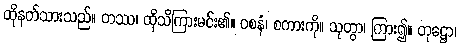
ထိုနတ်သားသည်။ တဿ၊ ထိုသိကြားမင်း၏။ ဝစနံ၊ စကားကို။ သုတွာ၊ ကြား၍။ တုဋ္ဌော၊